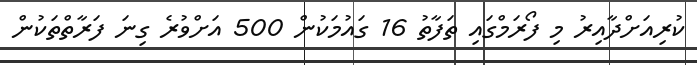
ކުރިއަށްދާއިރު މި ފޯރަމްގައި ތަފާތު 16 ގައުމަކުން 500 އަށްވުރެ ގިނަ ފަރާތްތަކުން